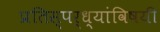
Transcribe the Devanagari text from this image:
प्रतिस्पर्ध्यांविषयी